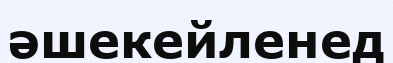
әшекейленед